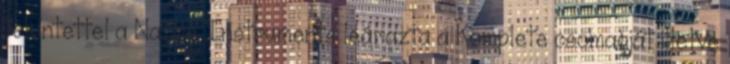
tekintettel a Native Instruments leárazta a Komplete csomagját illetve